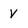
Character: v